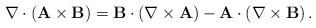
LaTeX: \begin{align*}\nabla\cdot\left( \mathbf{A}\times\mathbf{B}\right) =\mathbf{B}\cdot\left(\nabla\times\mathbf{A}\right) -\mathbf{A}\cdot\left( \nabla\times\mathbf{B}\right) . \end{align*}